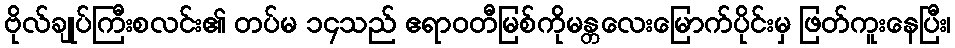
ဗိုလ်ချုပ်ကြီးစလင်း၏ တပ်မ ၁၄သည် ဧရာဝတီမြစ်ကိုမန္တလေးမြောက်ပိုင်းမှ ဖြတ်ကူးနေပြီး၊